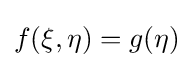
f(\xi ,\eta )=g(\eta )